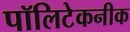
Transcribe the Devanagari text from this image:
पॉलिटेकनीक